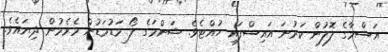
އަސްމާގެ ލޮލުން ކަރުނަ އައިސްފައި ހުއްޓެވެ. ޝަންމަގެ ލޯ މަޑުމަޑުން މެރެމުން ދިޔައެވެ.